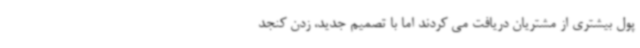
پول بیشتری از مشتریان دریافت می کردند اما با تصمیم جدید، زدن کنجد